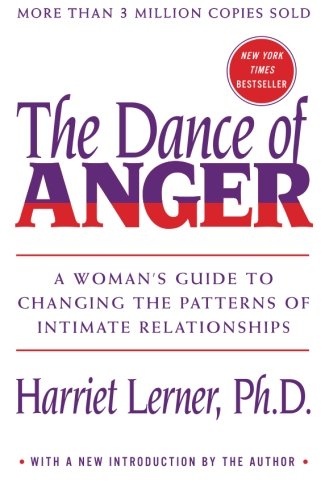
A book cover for Dance of Anger: A Woman's Guide to Changing the Patterns of Intimate Relationships; Harriet Lerner; Parenting & Relationships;